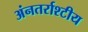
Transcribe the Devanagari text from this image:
अंनतर्राश्टीय